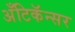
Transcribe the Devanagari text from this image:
अँटिकॅन्सर